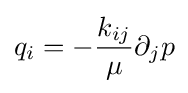
q_{i}=-{\frac {k_{ij}}{\mu }}\partial _{j}p